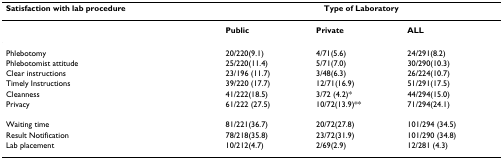
| Satisfaction with lab procedure | <COLSPAN=3> Type of Laboratory |
 | --- | --- | --- | --- |
 |  | Public | Private | ALL |
 | Phlebotomy | 20/220(9.1) | 4/71(5.6) | 24/291(8.2) |
 | Phlebotomist attitude | 25/220(11.4) | 5/71(7.0) | 30/290(10.3) |
 | Clear instructions | 23/196 (11.7) | 3/48(6.3) | 26/224(10.7) |
 | Timely Instructions | 39/220 (17.7) | 12/71(16.9) | 51/291(17.5) |
 | Cleanness | 41/222(18.5) | 3/72 (4.2)* | 44/294(15.0) |
 | Privacy | 61/222 (27.5) | 10/72(13.9)** | 71/294(24.1) |
 | Waiting time | 81/221(36.7) | 20/72(27.8) | 101/294 (34.5) |
 | Result Notification | 78/218(35.8) | 23/72(31.9) | 101/290 (34.8) |
 | Lab placement | 10/212(4.7) | 2/69(2.9) | 12/281 (4.3) |